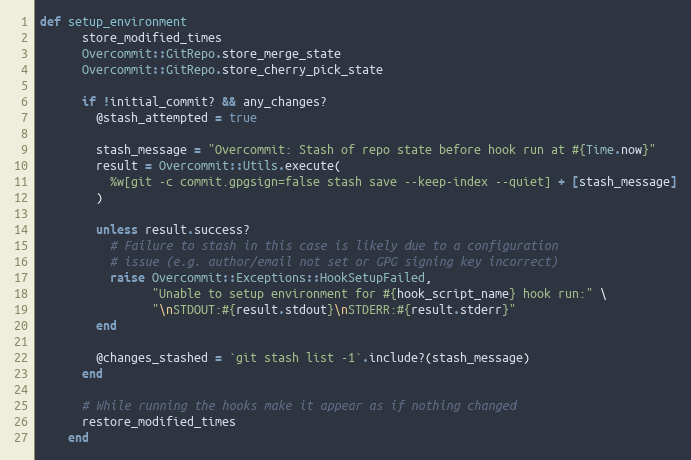
Language: Ruby
def setup_environment
      store_modified_times
      Overcommit::GitRepo.store_merge_state
      Overcommit::GitRepo.store_cherry_pick_state

      if !initial_commit? && any_changes?
        @stash_attempted = true

        stash_message = "Overcommit: Stash of repo state before hook run at #{Time.now}"
        result = Overcommit::Utils.execute(
          %w[git -c commit.gpgsign=false stash save --keep-index --quiet] + [stash_message]
        )

        unless result.success?
          # Failure to stash in this case is likely due to a configuration
          # issue (e.g. author/email not set or GPG signing key incorrect)
          raise Overcommit::Exceptions::HookSetupFailed,
                "Unable to setup environment for #{hook_script_name} hook run:" \
                "\nSTDOUT:#{result.stdout}\nSTDERR:#{result.stderr}"
        end

        @changes_stashed = `git stash list -1`.include?(stash_message)
      end

      # While running the hooks make it appear as if nothing changed
      restore_modified_times
    end